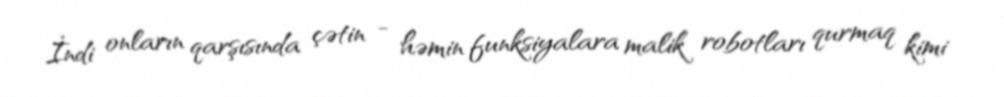
İndi onların qarşısında çətin - həmin funksiyalara malik robotları qurmaq kimi